Scottish Leaving Certificate Examination, 1959
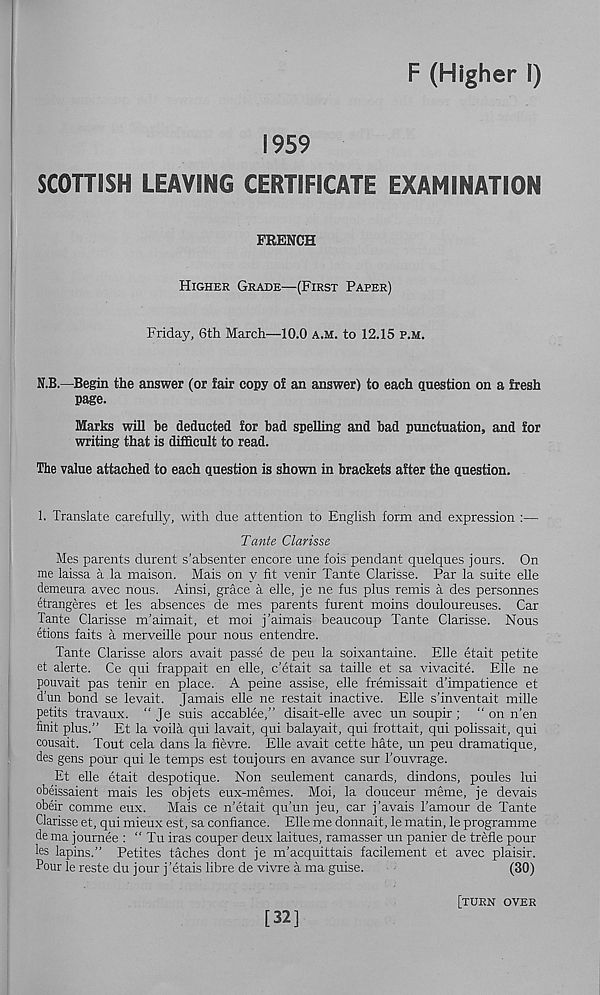
F (Higher I)
1959
SCOTTiSH LEAVING CERTIFICATE EXAMINATION
FRENCH
Higher Grade—(First Paper)
Friday, 6th March—10.0 A.M. to 12.15 p.m.
N.B.—Begin the answer (or fair copy of an answer) to each question on a fresh
page.
Marks will be deducted for bad spelling and bad punctuation, and for
writing that is difficult to read.
The value attached to each question is shown in brackets after the question.
1. Translate carefully, with due attention to English form and expression :—
Tante Clarisse
Mes parents durent s’ahsenter encore une fois pendant quelques jours. On
me laissa a la maison. Mais on y fit venir Tante Clarisse. Par la suite elle
demeura avec nous. Ainsi, grace a elle, je ne fus plus remis a des personnes
etrangeres et les absences de mes parents furent moins douloureuses. Car
Tante Clarisse m’aimait, et moi j’aimais beaucoup Tante Clarisse. Nous
etions faits a merveille pour nous entendre.
Tante Clarisse alors avait passe de pen la soixantaine. Elle etait petite
et alerte. Ce qui frappait en elle, c’etait sa taille et sa vivacite. Elle ne
pouvait pas tenir en place. A peine assise, elle fremissait d’impatience et
d'un bond se levait. Jamais elle ne restait inactive. Elle s’inventait mille
petits travaux. “ Je suis accablee,” disait-elle avec un soupir ; “ on n’en
finit plus.” Et la voila qui lavait, qui balayait, qui frottait, qui polissait, qui
cousait. Tout cela dans la fievre. Elle avait cette hate, un peu dramatique,
des gens pour qui le temps est toujours en avance sur Touvrage.
Et elle etait despotique. Non seulement canards, dindons, poules lui
obeissaient mais les objets eux-memes. Moi, la douceur meme, je devais
obeir comme eux. Mais ce n’etait qu’un jeu, car j’avais Tamour de Tante
Clarisse et, qui mieux est, sa confiance. Elle me donnait, le matin, le programme
de ma journee : “ Tu iras couper deux laitues, ramasser un panier de trefle pour
les lapins.” Petites taches dont je m’acquittais facilement et avec plaisir.
Pour le reste du jour j’etais libre de vivre a ma guise.
(30)
[32]
[turn over